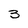
Character: 3